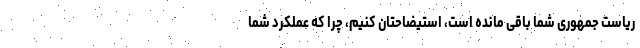
ریاست جمهوری شما باقی مانده است، استیضاحتان کنیم، چرا که عملکرد شما